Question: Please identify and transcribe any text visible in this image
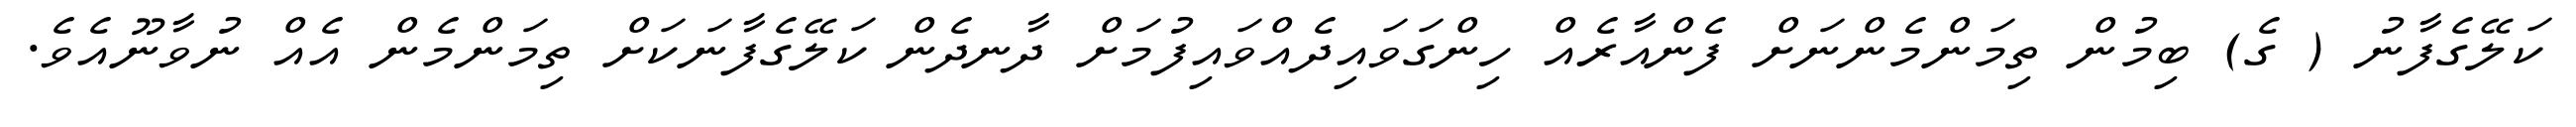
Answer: ކަލޭގެފާނު ( ގެ) ބިމުން ތިމަންމެންނަށް ފެންއާރެއް ހިންގަވައިދެއްވައިފުމަށް ދާނދެން ކަލޭގެފާނަކަށް ތިމަންމެން އެއް ނުވާނޫއެވެ.